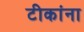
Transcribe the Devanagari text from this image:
टीकांना